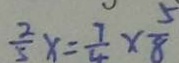
\frac { 2 } { 5 } x = \frac { 7 } { 4 } \times \frac { 5 } { 8 }